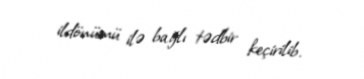
ildönümü ilə bağlı tədbir keçirilib.